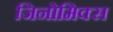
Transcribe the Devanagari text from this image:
जिनोमिक्स